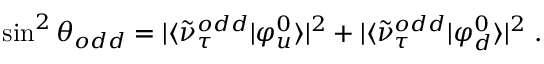
\sin ^ { 2 } { \theta _ { o d d } } = | \langle \tilde { \nu } _ { \tau } ^ { o d d } | \varphi _ { u } ^ { 0 } \rangle | ^ { 2 } + | \langle \tilde { \nu } _ { \tau } ^ { o d d } | \varphi _ { d } ^ { 0 } \rangle | ^ { 2 } \; .